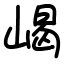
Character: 嵑